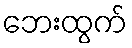
ဘေးထွက်